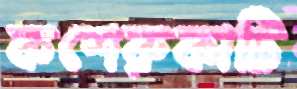
কশেরুকাটি